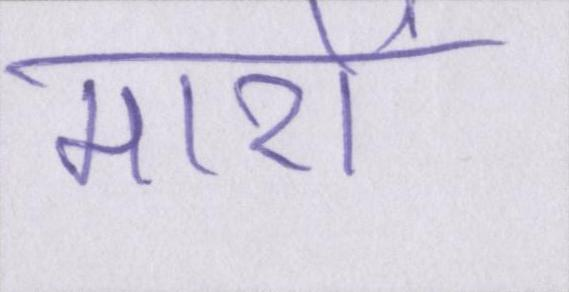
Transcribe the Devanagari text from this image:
मारों